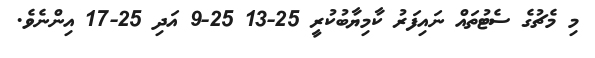
މި މެޗުގެ ސެޓުތައް ނައިފަރު ކާމިޔާބުކުރީ 25-13 25-9 އަދި 25-17 އިންނެވެ.